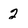
Character: 2